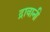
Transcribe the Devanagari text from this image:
द्रावानी